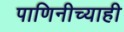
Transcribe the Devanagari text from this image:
पाणिनीच्याही